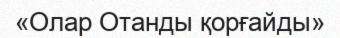
«Олар Отанды қорғайды»